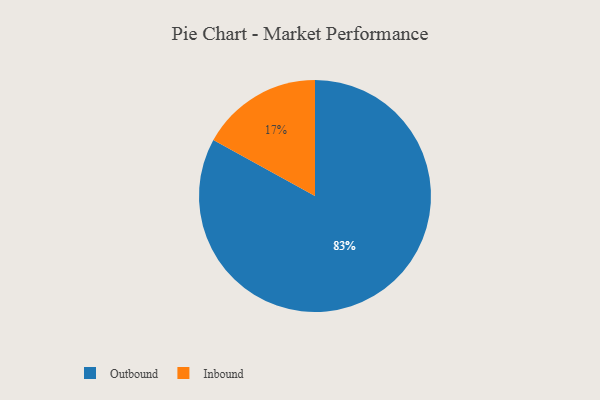
{"axis": {"x": "Category", "y": "Percentage"}, "legend": ["Inbound", "Outbound"], "data": [{"x": "Inbound", "y": 17, "type": "Inbound"}, {"x": "Outbound", "y": 83, "type": "Outbound"}]}